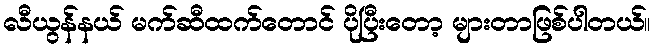
လီယွန်နယ် မက်ဆီထက်တောင် ပိုပြီးတော့ များတာဖြစ်ပါတယ်။